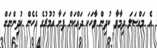
އެ މައްސަލަ ދިމާވާ ކުދިން ވާހަކަ ދައްކަން ފަށާ އުމުރުގެ އެހެން ކުދިންނަށް